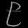
Digit: ၉